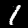
Label: 1